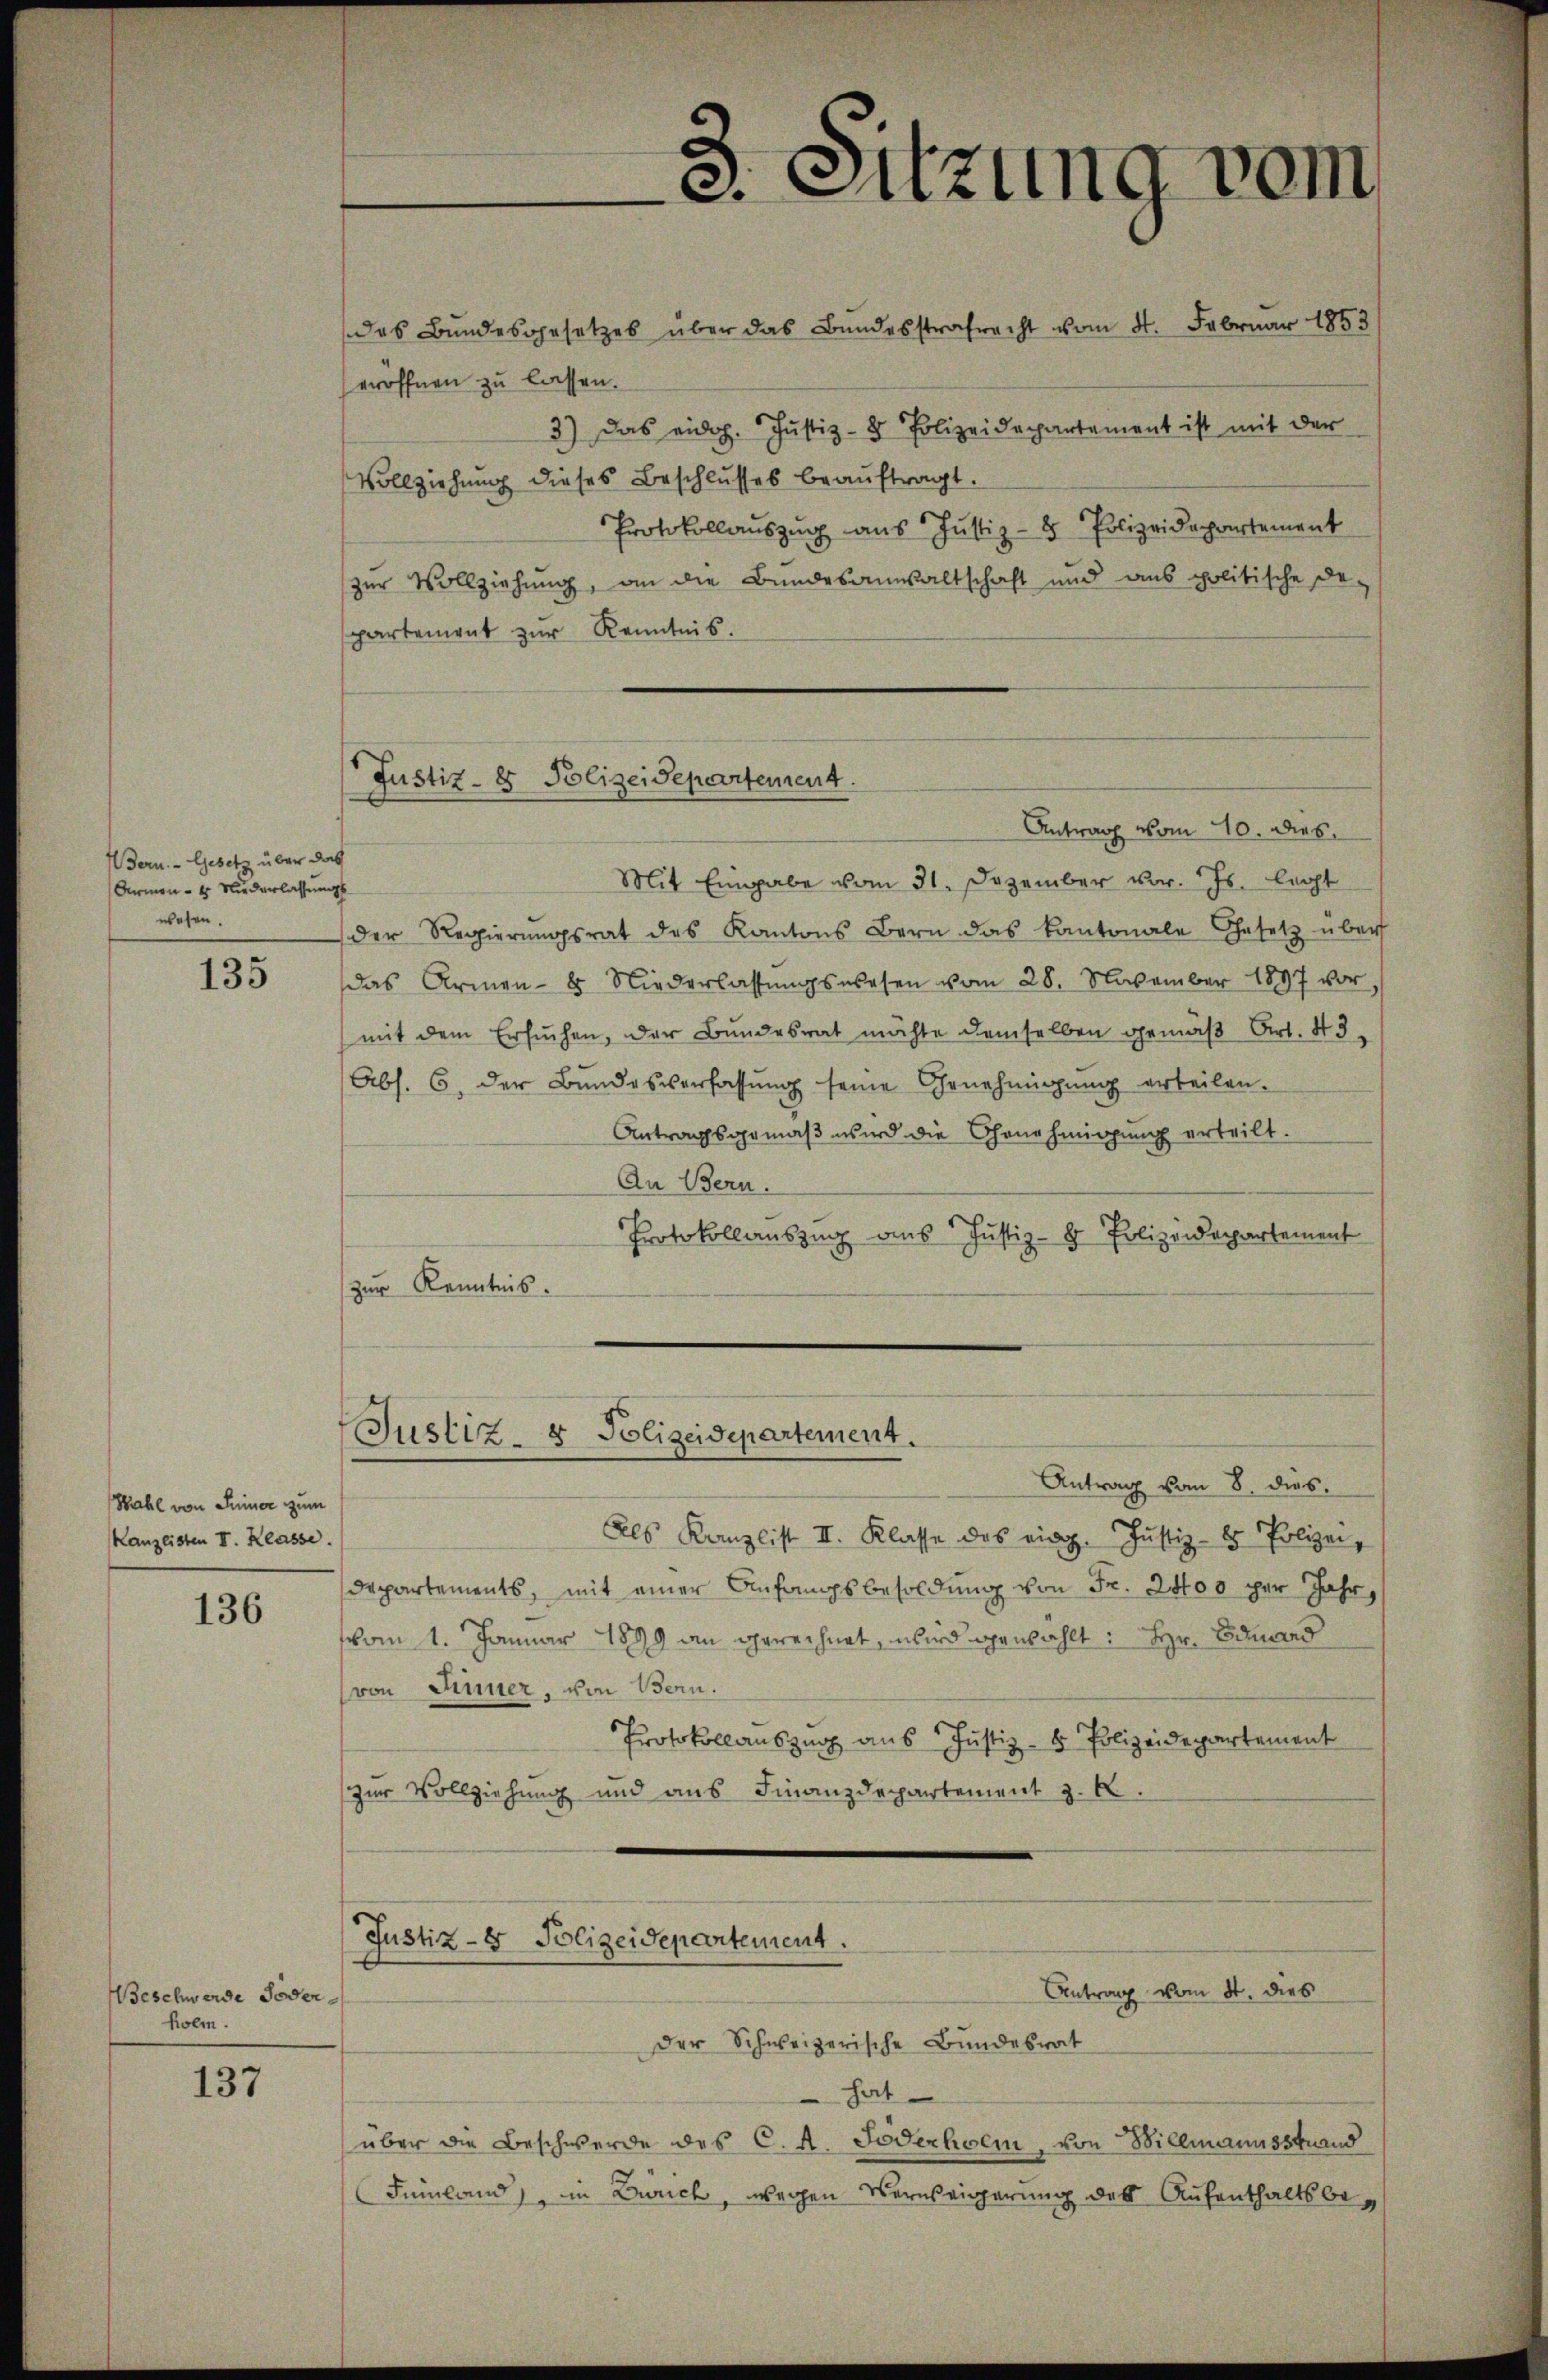
3. Sitzung vom
das Bundesgesetzes über das Bundesstrafrecht vom 4. Februar 1853

eröffnen zu lassen.
3) Das eidg. Justiz- & Polizeidepartement ist mit der
Vollziehung dieses Beschlusses beaŭftragt.
Protokollaŭszŭg aŭs Justiz- & Polizeidepartement
zur Vollziehung, an die Bundesanwaltschaft und aus politische De-
partement zŭr Kenntnis.
Mit Eingabe vom 31. Dezember vor. Js. legt
der Regierŭngsrat des Kantons Bern das Kantonale Gesetz über
das Armen- & Niederlassŭngswesen vom 28. November 1897 vor,
mit dem Ersuchen, der Bundesrat möchte demselben gemäβ Art. 43,
Abs. 6. der Bŭndesverfassŭng seine Genehmigŭng erteilen.
Antragsgemäß wird die Genehmigung erteilt.
An Bern.
Protokollauszug aus Justiz- & Polizeidepartement
zur Kenntnis.

Justiz- & Polizeidepartement
Antrag vom 10. dies

Bern. Gesetz über das
Armen - 4 Niederlassungs
wesen.

135

Justiz- & Polizeidepartement.

Antrag vom 8. dies.
Als Kanzlist II. Klasse des eing. Justiz- & Polizei,
departements, mit einer Anfangsbesoldung von Fr. 24to o per Jahr,
vom 1. Januar 1899 an gerechnet, wird gewählt: Hr. Eduard
(von Sinner, von Bern.
Protokollauszug aus Justiz- & Polizeidepartement
zur Vollziehung und aus Finanzdepartement z. B.
Justiz- & Polizeidepartement.
Antrag vom 8t. dies
Der Schweizerische Bundesrat
hat
über die Beschwerde des C. A. Jederhoem, von Willmannsstrand
Feinland in Druck, wegen Vernseigerung des Aufenthaltsbe¬

Wahl von Seiner zum
Kanzlisten II. Klasse.

136

Beschwerde Toder
Kolm.

137